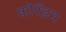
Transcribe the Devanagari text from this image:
कोरँडम